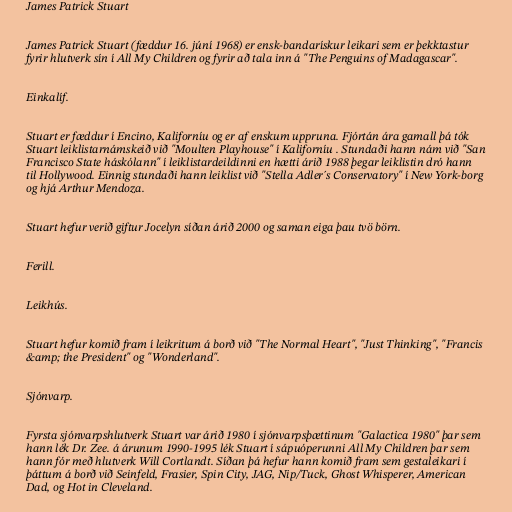
James Patrick Stuart

James Patrick Stuart (fæddur 16. júní 1968) er ensk-bandarískur leikari sem er þekktastur
fyrir hlutverk sín í All My Children og fyrir að tala inn á "The Penguins of Madagascar".

Einkalíf.

Stuart er fæddur í Encino, Kaliforníu og er af enskum uppruna. Fjórtán ára gamall þá tók
Stuart leiklistarnámskeið við "Moulten Playhouse" í Kaliforníu . Stundaði hann nám við "San
Francisco State háskólann" í leiklistardeildinni en hætti árið 1988 þegar leiklistin dró hann
til Hollywood. Einnig stundaði hann leiklist við "Stella Adler´s Conservatory" í New York-borg
og hjá Arthur Mendoza.

Stuart hefur verið giftur Jocelyn síðan árið 2000 og saman eiga þau tvö börn.

Ferill.

Leikhús.

Stuart hefur komið fram í leikritum á borð við "The Normal Heart", "Just Thinking", "Francis
&amp; the President" og "Wonderland".

Sjónvarp.

Fyrsta sjónvarpshlutverk Stuart var árið 1980 í sjónvarpsþættinum "Galactica 1980" þar sem
hann lék Dr. Zee. á árunum 1990-1995 lék Stuart í sápuóperunni All My Children þar sem
hann fór með hlutverk Will Cortlandt. Síðan þá hefur hann komið fram sem gestaleikari í
þáttum á borð við Seinfeld, Frasier, Spin City, JAG, Nip/Tuck, Ghost Whisperer, American
Dad, og Hot in Cleveland.